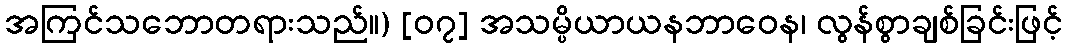
အကြင်သဘောတရားသည်။) [၀၇] အသမ္ပိယာယနဘာဝေန၊ လွန်စွာချစ်ခြင်းဖြင့်